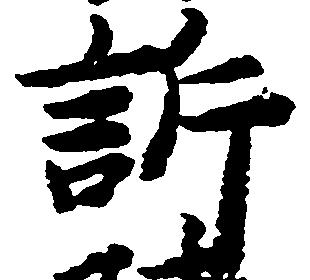
訴